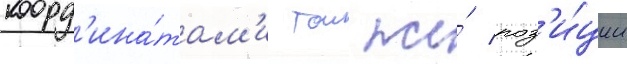
коорд'ина́там'и тои же́ поз'и́ции